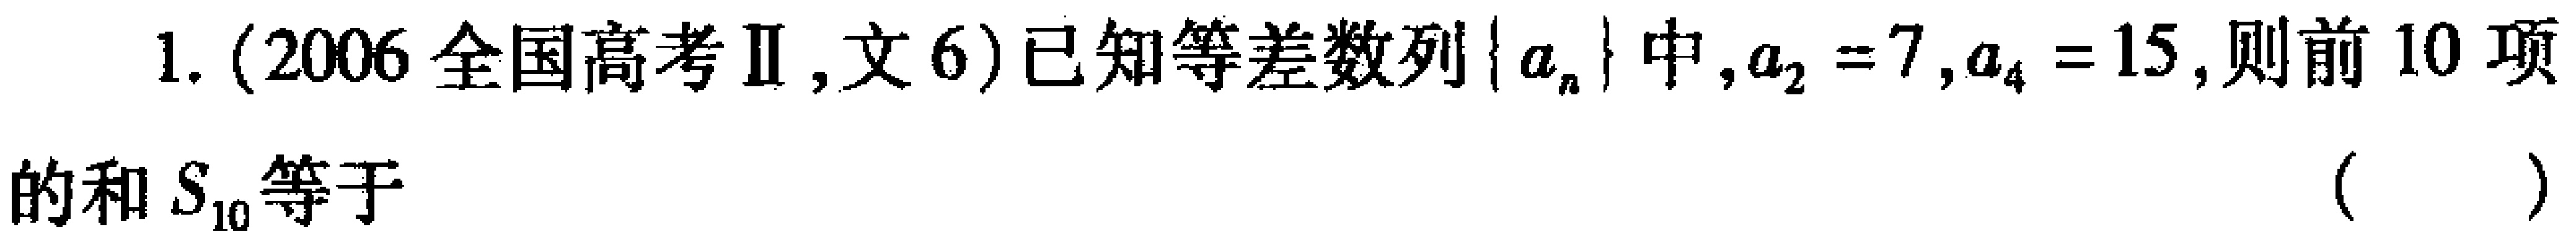
1. (2006全国高考Ⅱ,文6)已知等差数列\(\{ a_{n}\}\)中,\(a_{2}=7\),\(a_{4}=15\),则前\(10\)项的和\(S_{10}\)等于（  ）